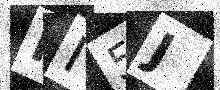
Text: II5J